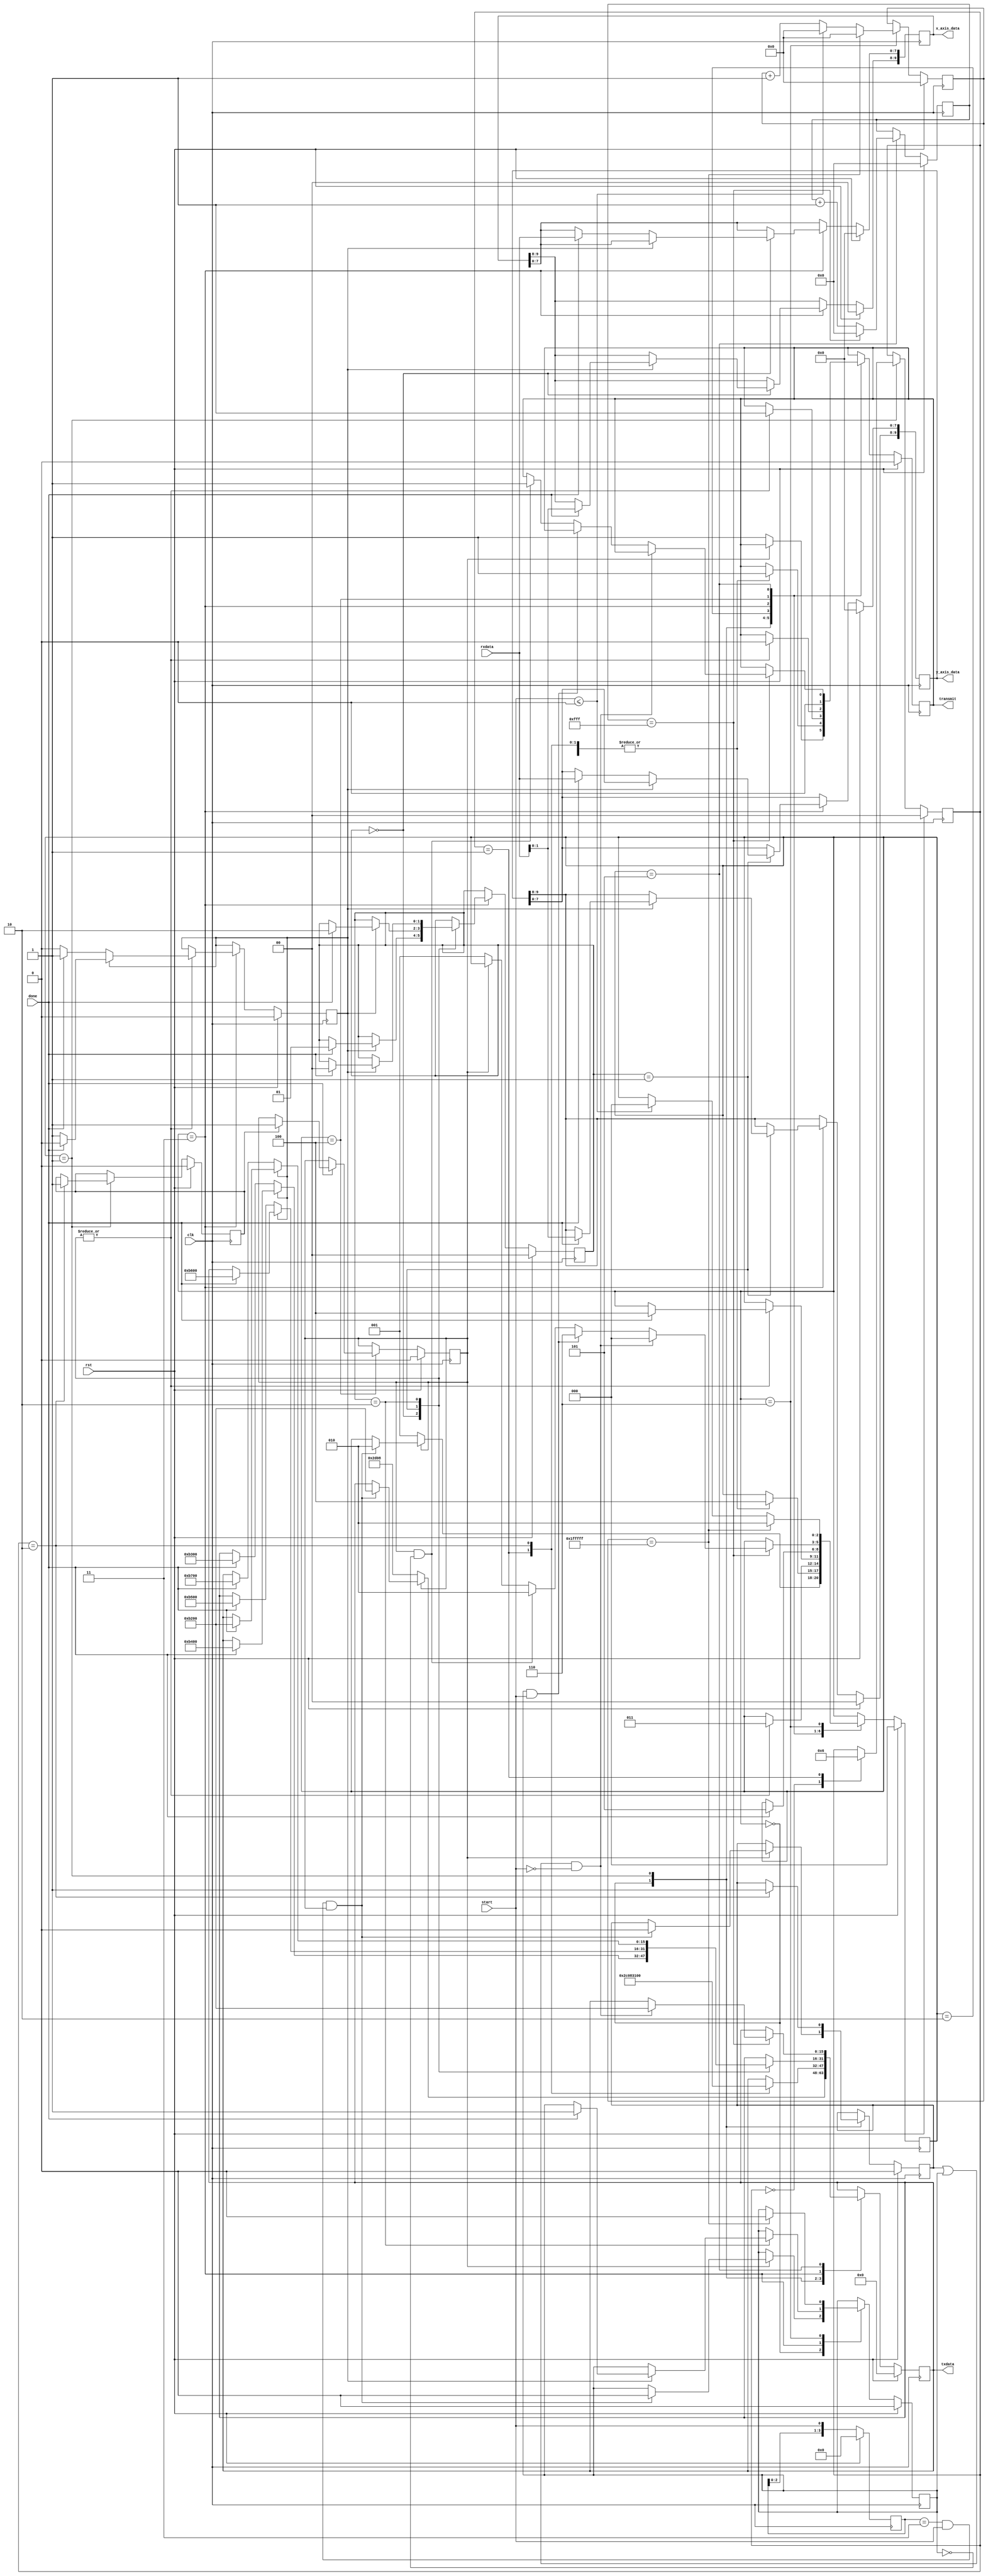
`timescale 1ns / 1ps
/////////////////////////////////////////////////////////////////////////////////////
// Company: Digilent Inc.
//				 Josh Sackos
// 
// Module Name:    SPImaster
// Project Name: 	 PmodACL_Demo
// Target Devices: Nexys3
// Tool versions:  ISE 14.1
// Description: The spi_master controls the state of the entire interface. Using 
//					 several signals to interact with the other modules. The spi_master
//					 selects the data to be transmitted and stores all data received
//					 from the PmodACL.  The data is then made available to the rest of
//					 the design on the xAxis, yAxis, and zAxis outputs.
//
//
//  Inputs:
//		rst							Device Reset Signal
//		clk 							Base system clock of 100 MHz
//		start 						start tied to external user input
//		done 							Signal from SPIinterface for completed transmission
//		rxdata 						Recieved data
//		
//  Outputs:
//		transmit 					Signal to SPIinterface for beginning of transmission
//		txdata						Data out for transmission
//		x_axis_data 				Collected x-Axis data
//		y_axis_data 				Collected y-Axis data
//		z_axis_data 				Collected z-Axis data
//
// Revision History: 
// 						Revision 0.01 - File Created (Andrew Skreen)
//							Revision 1.00 - Added comments and modified code (Josh Sackos)
////////////////////////////////////////////////////////////////////////////////////

//  ===================================================================================
//  								Define Module, Inputs and Outputs
//  ===================================================================================
module SPImaster(
		rst,
		clk,
		start,
		rxdata,
		done,
		transmit,
		txdata,
		x_axis_data,
		y_axis_data//,
	//	z_axis_data
);

// ====================================================================================
// 										Port Declarations
// ====================================================================================
	input            rst;
   input            clk;
   input            start;
   input [7:0]      rxdata;
   input            done;
   output           transmit;
   output [15:0]    txdata;
   output [9:0]     x_axis_data;
   output [9:0]     y_axis_data;
   
// ====================================================================================
// 								Parameters, Register, and Wires
// ====================================================================================
   
   reg [15:0]       txdata;
   reg [9:0]        x_axis_data;
   reg [9:0]        y_axis_data;
   reg [9:0]        z_axis_data;
   reg              transmit;

   // Define FSM states
   parameter [2:0]  state_type_idle = 3'd0,
                    state_type_configure = 3'd1,
                    state_type_transmitting = 3'd2,
                    state_type_recieving = 3'd3,
                    state_type_finished = 3'd4,
                    state_type_break = 3'd5,
                    state_type_holding = 3'd6;
   // STATE reg
   reg [2:0]        STATE;
   
   parameter [1:0]  data_type_x_axis = 2'd0,
                    data_type_y_axis = 2'd1,
                    data_type_z_axis = 2'd2;
   reg [1:0]        DATA;
   
   parameter [1:0]  configure_type_powerCtl = 0,
                    configure_type_bwRate = 1,
                    configure_type_dataFormat = 2;
   reg [1:0]        CONFIGUREsel;
   
   //Setting up Configuration Registers
   //POWER_CTL Bits 0x2D
   parameter [15:0] POWER_CTL = 16'h2D08;
   //BW_RATE Bits 0x2C
   parameter [15:0] BW_RATE = 16'h2C08;
   //CONFIG Bits 0x31
   parameter [15:0] DATA_FORMAT = 16'h3100;
   
   //Axis registers set to only read and do it in single byte increments
   parameter [15:0] xAxis0 = 16'hB200;		//10110010;
   parameter [15:0] xAxis1 = 16'hB300;		//10110011;
   parameter [15:0] yAxis0 = 16'hB400;		//10110100;
   parameter [15:0] yAxis1 = 16'hB500;		//10110101;
   parameter [15:0] zAxis0 = 16'hB600;		//10110110;
   parameter [15:0] zAxis1 = 16'hB700;		//10110111;
   
   reg [11:0]       break_count;
   reg [20:0]       hold_count;
   reg              end_configure;
   reg              done_configure;
   reg              register_select;
   reg              finish;
   reg              sample_done;
   reg [3:0]        prevstart;
   
//  ===================================================================================
// 							  				Implementation
//  ===================================================================================
   
   
		//-----------------------------------------------
		//						Master Controller
		//-----------------------------------------------
		always @(posedge clk)
		begin: spi_masterProcess
			begin
				// Debounce Start Button
				prevstart <= {prevstart[2:0], start};
				//Reset Condition
				if (rst == 1'b1) begin
					prevstart <= 4'b0;
					transmit <= 1'b0;
					STATE <= state_type_idle;
					DATA <= data_type_x_axis;
					break_count <= 12'h000;
					hold_count <= 21'b000000000000000000000;
					done_configure <= 1'b0;
					CONFIGUREsel <= configure_type_powerCtl;
					txdata <= 16'h0000;
					register_select <= 1'b0;
					sample_done <= 1'b0;
					finish <= 1'b0;
					x_axis_data <= 10'b0000000000;
					y_axis_data <= 10'b0000000000;
					z_axis_data <= 10'b0000000000;
					end_configure <= 1'b0;
				end
				else
					//Main State, selects what the overall system is doing
					case (STATE)
						state_type_idle :
							//If the system has not been configured, enter the configure state
							if (done_configure == 1'b0) begin
								STATE <= state_type_configure;
								txdata <= POWER_CTL;
								transmit <= 1'b1;
							end
							//If the system has been configured, enter the transmission state when start is asserted
							else if (prevstart == 4'b0011 & start == 1'b1 & done_configure == 1'b1) begin
								STATE <= state_type_transmitting;
								finish <= 1'b0;
								txdata <= xAxis0;
								sample_done <= 1'b0;
							end
						state_type_configure :
							//Substate of configure selects what configuration is output
							case (CONFIGUREsel)
								//Send power control address with desired configuration bits
								configure_type_powerCtl : begin
										STATE <= state_type_finished;
										CONFIGUREsel <= configure_type_bwRate;
										transmit <= 1'b1;
									end
								//Send band width rate address with desired configuration bits
								configure_type_bwRate : begin
										txdata <= BW_RATE;
										STATE <= state_type_finished;
										CONFIGUREsel <= configure_type_dataFormat;
										transmit <= 1'b1;
									end
								//Send data format address with desired configuration bits
								configure_type_dataFormat : begin
										txdata <= DATA_FORMAT;
										STATE <= state_type_finished;
										transmit <= 1'b1;
										finish <= 1'b1;
										end_configure <= 1'b1;
									end
								default :
									;
							endcase
						
						//transmitting leads to the transmission of addresses of data to sample them
						state_type_transmitting :
							//Substate of transmitting selects which data register will be sampled
							case (DATA)
								//Selects the x_axis data
								data_type_x_axis :
									//register_select chooses which of the two registers for each axis 
									//will be sampled
									case (register_select)
										1'b0 :
											begin
												//in each case for data and register_select the state goes to 
												//recieving to accept data from SPIinterface and transmit goes
												//high to begin the transmission of data to the ACL
												STATE <= state_type_recieving;
												transmit <= 1'b1;
											end
										default :
											begin
												STATE <= state_type_recieving;
												transmit <= 1'b1;
											end
									endcase
								data_type_y_axis :
									case (register_select)
										1'b0 :
											begin
												STATE <= state_type_recieving;
												transmit <= 1'b1;
											end
										default :
											begin
												STATE <= state_type_recieving;
												transmit <= 1'b1;
											end
									endcase
								data_type_z_axis :
									case (register_select)
										1'b0 :
											begin
												STATE <= state_type_recieving;
												transmit <= 1'b1;
											end
										default :
											begin
												STATE <= state_type_recieving;
												transmit <= 1'b1;
											end
									endcase
								default :
									;
							endcase
						
						//recieving controls the flow of data into the spi_master
						state_type_recieving :
							//Substate of Recieving, DATA controls where data will be stored
							case (DATA)
								//Substate of DATA same as in transmitting
								data_type_x_axis :
									//register_select controls which half of the output register the 
									//collected data goes to
									case (register_select)
										1'b0 :
											begin
												//transmit de-asserted as transmission has already be begun
												transmit <= 1'b0;
												//when done is asserted, the register to be sampled next
												//changes with txdata, data is assigned to the desired output,
												//the overall state goes to finish, and register select is 
												//inverted to go to the other half. this same purpose is used
												//throughout DATA in recieving
												if (done == 1'b1)
												begin
													txdata <= xAxis1;
													x_axis_data[7:0] <= rxdata[7:0];
													STATE <= state_type_finished;
													register_select <= 1'b1;
												end
											end
										default :
											begin
												transmit <= 1'b0;
												if (done == 1'b1)
												begin
													txdata <= yAxis0;
													x_axis_data[9:8] <= rxdata[1:0];
													register_select <= 1'b0;
													DATA <= data_type_y_axis;
													STATE <= state_type_finished;
												end
											end
									endcase
								data_type_y_axis :
									case (register_select)
										1'b0 :
											begin
												transmit <= 1'b0;
												if (done == 1'b1)
												begin
													txdata <= yAxis1;
													y_axis_data[7:0] <= rxdata[7:0];
													register_select <= 1'b1;
													STATE <= state_type_finished;
												end
											end
										default :
											begin
												transmit <= 1'b0;
												if (done == 1'b1)
												begin
													txdata <= zAxis0;
													y_axis_data[9:8] <= rxdata[1:0];
													register_select <= 1'b0;
													DATA <= data_type_z_axis;
													STATE <= state_type_finished;
												end
											end
									endcase
								data_type_z_axis :
									case (register_select)
										1'b0 :
											begin
												transmit <= 1'b0;
												if (done == 1'b1)
												begin
													txdata <= zAxis1;
													z_axis_data[7:0] <= rxdata[7:0];
													register_select <= 1'b1;
													STATE <= state_type_finished;
												end
											end
										default :
											begin
												transmit <= 1'b0;
												if (done == 1'b1)
												begin
													txdata <= xAxis0;
													z_axis_data[9:8] <= rxdata[1:0];
													register_select <= 1'b0;
													DATA <= data_type_x_axis;
													STATE <= state_type_finished;
													sample_done <= 1'b1;
												end
											end
									endcase
								default :
									;
							endcase
						
						//finished leads to the break state when transmission completed
						state_type_finished :
							begin
								transmit <= 1'b0;
								if (done == 1'b1)
								begin
									STATE <= state_type_break;
									if (end_configure == 1'b1)
										done_configure <= 1'b1;
								end
							end
						
						//the break state keeps an idle state long enough between transmissions 
						//to satisfy timing requirements. break can be decreased if desired
						state_type_break :
							if (break_count == 12'hFFF)
							begin
								break_count <= 12'h000;
								//only exit to idle if start has been de-asserted ( to keep from 
								//looping transmitting and recieving undesirably ) and finish and 
								//sample_done are high showing that the desired action has been 
								//completed
								if ((finish == 1'b1 | sample_done == 1'b1) & start == 1'b0)
								begin
									STATE <= state_type_idle;
									txdata <= xAxis0;
								end
								//if done configure is high, and sample done is low, the reception
								//has not been completed so the state goes back to transmitting
								else if (sample_done == 1'b1 & start == 1'b1)
									STATE <= state_type_holding;
								else if (done_configure == 1'b1 & sample_done == 1'b0)
								begin
									STATE <= state_type_transmitting;
									transmit <= 1'b1;
								end
								//if the system has not finished configuration, then the state loops
								//back to configure
								else if (done_configure == 1'b0)
									STATE <= state_type_configure;
							end
							else
								break_count <= break_count + 1'b1;
						state_type_holding :
							if (hold_count == 24'h1FFFFF)
							begin
								hold_count <= 21'd0;
								STATE <= state_type_transmitting;
								sample_done <= 1'b0;
							end
							else if (start <= 1'b0)
							begin
								STATE <= state_type_idle;
								hold_count <= 21'd0;
							end
							else begin
								hold_count <= hold_count + 1'b1;
							end
					endcase
			end
		end
   
endmodule